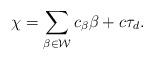
LaTeX: \begin{align*} \chi=\sum_{\beta\in\mathcal{W}} c_{\beta}\beta+c\tau_d. \end{align*}